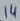
Text: 14